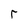
Character: r